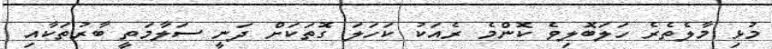
މުޅި މާލެތެރެ ހަލަބޮލިވެ ކޮންމެ ރެއަކު ކަހަލަ ގޮތަކަށް ދަނީ ސަލާމަތީ ބާރުތަކާއި